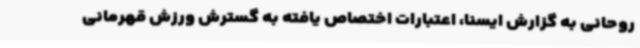
روحانی به گزارش ایسنا، اعتبارات اختصاص یافته به گسترش ورزش قهرمانی